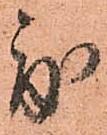
度